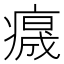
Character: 𤺁